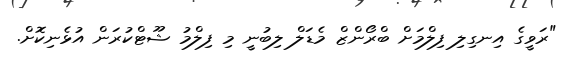
"ރަވީގެ އިނގިލި ފިލްމަށް ބްރޯންޒް މެޑަލް ލިބުނީ މި ފިލްމު ޝޫޓްކުރަން އުޅެނިކޮށް.